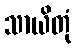
သာယိတုံ